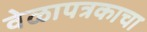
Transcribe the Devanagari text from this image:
वेळापत्रकाचा